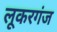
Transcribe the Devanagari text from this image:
लूकरगंज